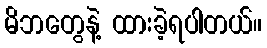
မိဘတွေနဲ့ ထားခဲ့ရပါတယ်။